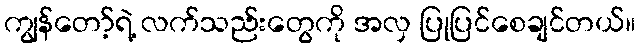
ကျွန်တော့်ရဲ့ လက်သည်းတွေကို အလှ ပြုပြင်စေချင်တယ်။